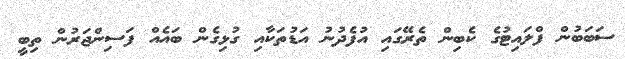
ސަބަބުން ފްލައިޓުގެ ކެބިން ތެރޭގައި އުފެދުނު އަޑުތަކާއި ގުޅިގެން ބައެއް ފަސިންޖަރުން ތިބީ